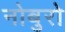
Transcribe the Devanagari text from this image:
नोबुरो